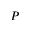
P